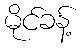
မိုင်ခန့်